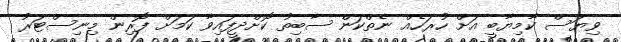
ވިޔަސް ކާމިޔާބީ އަށް ހުރަހެއް ނެތްކަން ސާބިތު ކޮށްދީފައިވާ ކަމަށް ފޮރިން މިނިސްޓަރު